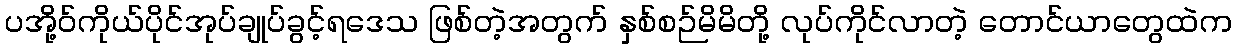
ပအို့ဝ်ကိုယ်ပိုင်အုပ်ချုပ်ခွင့်ရဒေသ ဖြစ်တဲ့အတွက် နှစ်စဉ်မိမိတို့ လုပ်ကိုင်လာတဲ့ တောင်ယာတွေထဲက